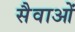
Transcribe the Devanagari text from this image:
सैवाओं